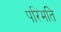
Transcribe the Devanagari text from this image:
परिमति